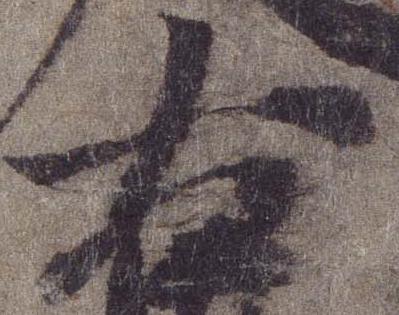
右